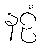
နဠံ